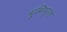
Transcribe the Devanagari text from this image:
भूमिपूजा